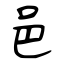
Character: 邑